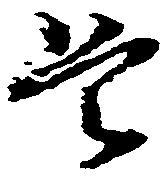
是